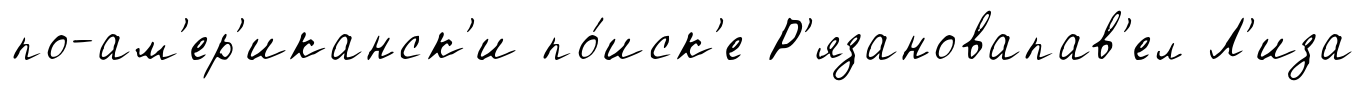
по-ам'ер'иканск'и по́иск'е Р'язановапав'ел Л'иза